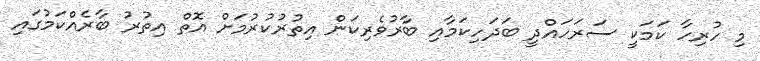
މި ހުރިހާ ކަމަކީ ސަރަހައްދީ ބަދަހިކަމާއި ބާރުވެރިކަން އިތުރުކުރުމަށް އޮތް އިތުރު ބާރެއްކަމުގައި